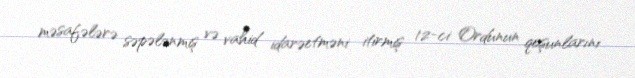
məsafələrə səpələnmiş və vahid idarəetməni itirmiş 12-ci Ordunun qoşunlarını